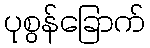
ပုစွန်ခြောက်